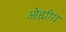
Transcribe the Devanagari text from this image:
ओह्मीय